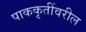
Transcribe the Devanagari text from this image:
पाककृतींवरील